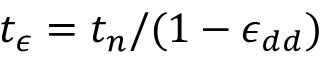
t _ { \epsilon } = t _ { n } / ( 1 - \epsilon _ { d d } )